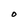
Character: O